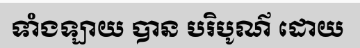
ទាំងឡាយ បាន បរិបូណ៌ ដោយ